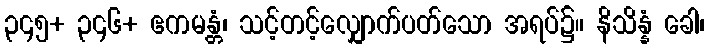
၃၄၅+ ၃၄၆+ ဧကမန္တံ၊ သင့်တင့်လျှောက်ပတ်သော အရပ်၌။ နိသိန္နံ ခေါ၊